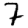
Digit: 7